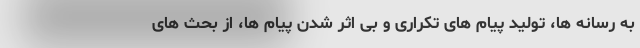
به رسانه ها، تولید پیام های تکراری و بی اثر شدن پیام ها، از بحث های